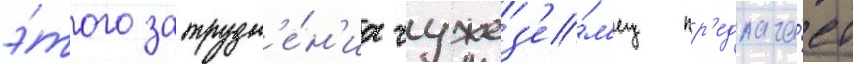
э́того затрудн'е́н'иа чужез'е́м'ец пр'едлага́ет